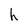
Character: h